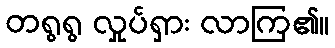
တရွရွ လှုပ်ရှား လာကြ၏။